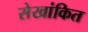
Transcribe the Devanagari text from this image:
सेखांकित